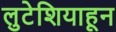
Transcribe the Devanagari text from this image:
लुटेशियाहून